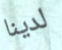
لدينا